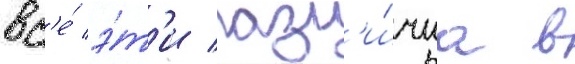
вс'е́ э́т'и разл'и́чиа в